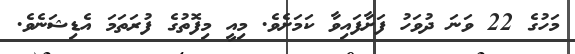
މަހުގެ 22 ވަނަ ދުވަހު ފަށާފައިވާ ކަމަށެވެ. މިއީ މިފޮތުގެ ފުރަތަމަ އެޑިޝަނެވެ.